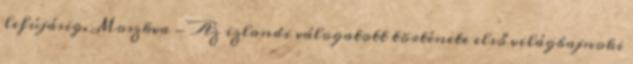
lefújásig. Moszkva - Az izlandi válogatott története első világbajnoki